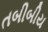
તબીબીય